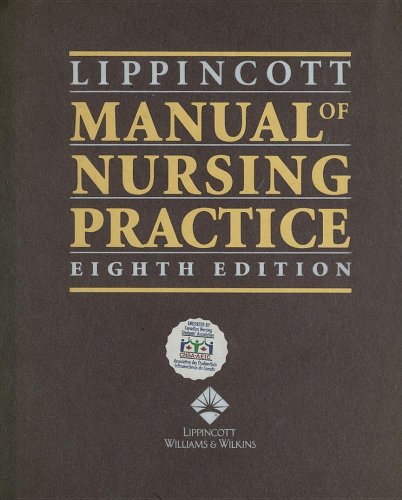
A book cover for Lippincott Manual of Nursing Practice, Eighth Edition, Canadian Version: Concepts of Altered Health States (Lippincott's Illustrated Reviews Series); Sandra M Nettina; Medical Books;